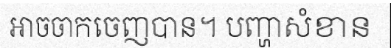
អាចចាកចេញបាន។ បញ្ហាសំខាន